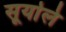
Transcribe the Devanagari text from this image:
सूर्याले